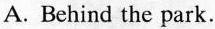
A. Behind the park.